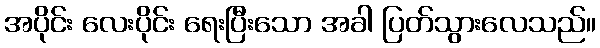
အပိုင်း လေးပိုင်း ရေးပြီးသော အခါ ပြတ်သွားလေသည်။